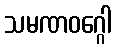
သမဏဝဂ္ဂေါ